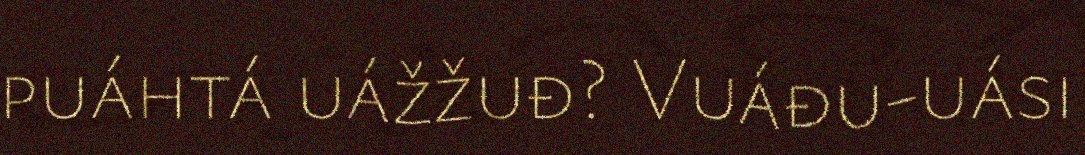
puáhtá uážžuđ? Vuáđu-uási